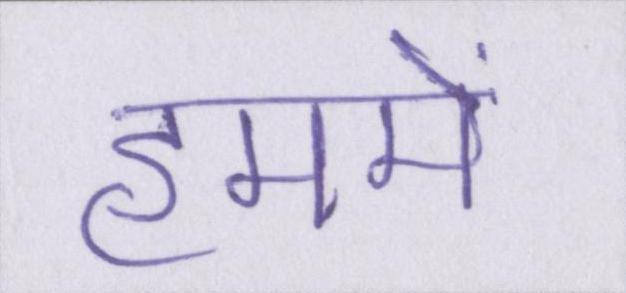
हममें